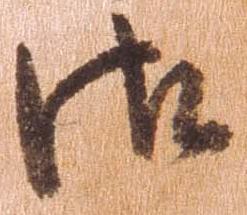
御